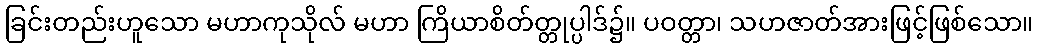
ခြင်းတည်းဟူသော မဟာကုသိုလ် မဟာ ကြိယာစိတ်တ္တုပ္ပါဒ်၌။ ပဝတ္တာ၊ သဟဇာတ်အားဖြင့်ဖြစ်သော။